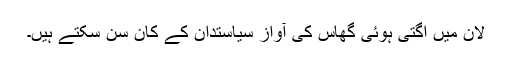
لان میں اگتی ہوئی گھاس کی آواز سیاستدان کے کان سن سکتے ہیں۔